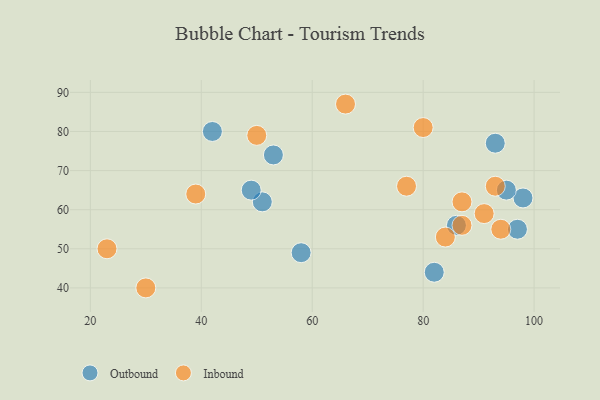
{"axis": {"x": "GDP", "y": "Life Expectancy"}, "legend": ["Inbound", "Outbound"], "data": [{"x": "98", "y": 63, "type": "Outbound"}, {"x": "53", "y": 74, "type": "Outbound"}, {"x": "82", "y": 44, "type": "Outbound"}, {"x": "42", "y": 80, "type": "Outbound"}, {"x": "97", "y": 55, "type": "Outbound"}, {"x": "86", "y": 56, "type": "Outbound"}, {"x": "51", "y": 62, "type": "Outbound"}, {"x": "58", "y": 49, "type": "Outbound"}, {"x": "95", "y": 65, "type": "Outbound"}, {"x": "93", "y": 77, "type": "Outbound"}, {"x": "49", "y": 65, "type": "Outbound"}, {"x": "84", "y": 53, "type": "Inbound"}, {"x": "87", "y": 62, "type": "Inbound"}, {"x": "23", "y": 50, "type": "Inbound"}, {"x": "94", "y": 55, "type": "Inbound"}, {"x": "50", "y": 79, "type": "Inbound"}, {"x": "39", "y": 64, "type": "Inbound"}, {"x": "66", "y": 87, "type": "Inbound"}, {"x": "93", "y": 66, "type": "Inbound"}, {"x": "91", "y": 59, "type": "Inbound"}, {"x": "30", "y": 40, "type": "Inbound"}, {"x": "87", "y": 56, "type": "Inbound"}, {"x": "77", "y": 66, "type": "Inbound"}, {"x": "80", "y": 81, "type": "Inbound"}]}